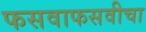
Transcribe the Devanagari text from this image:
फसवाफसवीचा